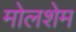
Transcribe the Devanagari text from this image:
मोलशेम